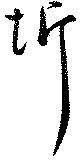
圻